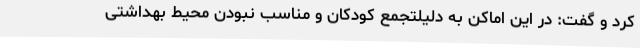
کرد و گفت: در این اماکن به دلیلتجمع کودکان و مناسب نبودن محیط بهداشتی